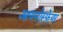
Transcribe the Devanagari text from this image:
आयनोस्फेयर